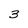
Character: 3